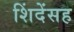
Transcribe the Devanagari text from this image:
शिंदेंसह